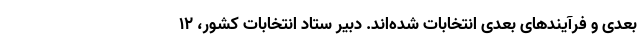
بعدی و فرآیندهای بعدی انتخابات شده‌اند. دبیر ستاد انتخابات کشور، ۱۲